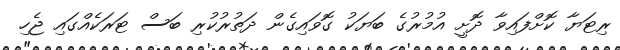
ރިޓަޔާ ކޮށްފައިވާ ދޮށީ އުމުރުގެ ބަޔަކު ގޮވައިގެން ދަތުރުކުރި ބަސް ޓަރަކެއްގައި ޖެހި